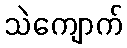
သဲကျောက်